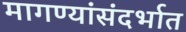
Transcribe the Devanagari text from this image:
मागण्यांसंदर्भात